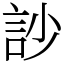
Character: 訬